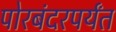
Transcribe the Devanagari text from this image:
पोरबंदरपर्यंत